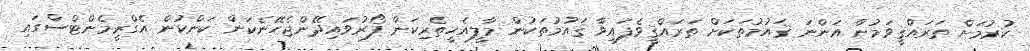
ކުރުމަށް ތަރައްޤީވަމުން އަންނަ ޤައުމުތަކަށް ތަރައްޤީވެފައިވާ ޤައުމުތަކުން މާލީއެހީތެރިކަން ފޯރުވައިދޭންޖެހޭނެކަން ކަންކުން އެގްރީމެންޓްސްގައި